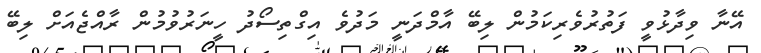
އޭނާ ވިދާޅުވީ ފަތުރުވެރިކަމުން ލިބޭ އާމްދަނީ މަދުވެ އިގްތިސޯދު ހީނަރުވުމުން ރާއްޖެއަށް ލިބޭ